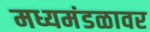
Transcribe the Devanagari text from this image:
मध्यमंडळावर